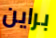
براين